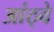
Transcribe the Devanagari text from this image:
आंठ्वे